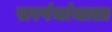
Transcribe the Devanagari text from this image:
सरपंचांचाला